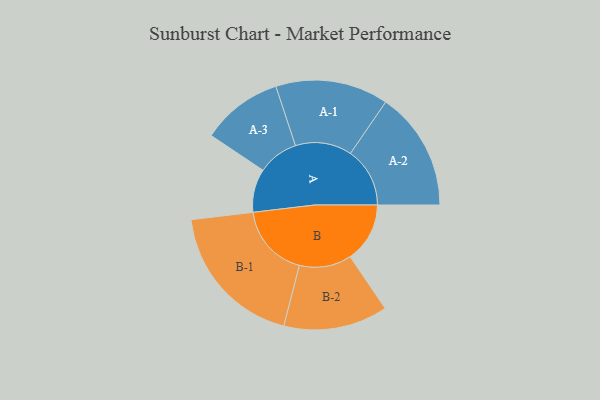
{"axis": {"x": "Segment", "y": "Value"}, "legend": ["", "A", "B"], "data": [{"x": "A", "y": 159, "type": ""}, {"x": "B", "y": 219, "type": ""}, {"x": "A-1", "y": 207, "type": "A"}, {"x": "A-2", "y": 218, "type": "A"}, {"x": "A-3", "y": 149, "type": "A"}, {"x": "B-1", "y": 270, "type": "B"}, {"x": "B-2", "y": 191, "type": "B"}]}